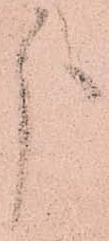
分